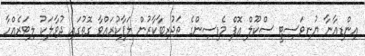
އިންޑިއާނާ ޔުނިވަސިޓީ ސްކޫލް އޮފް މެޑިސިންގެ ތަޖުރިބާކާރުން ލަފާކުރައްވާ ގޮތުގައި ދުވާލަކު ލިޓަރެއްހާ